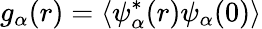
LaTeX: g_{\alpha}(r)=\langle\psi_{\alpha}^{*}(r)\psi_{\alpha}(0)\rangle